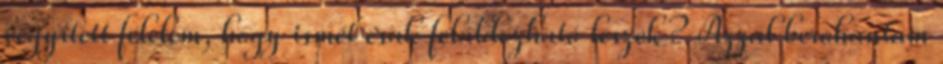
vegyített félelem, hogy ismét csak feláldozható leszek? Azzal berohantam